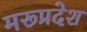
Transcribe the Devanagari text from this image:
मरूप्रदेश